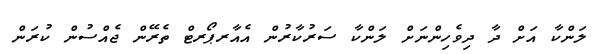
ލަންކާ އަށް ދާ ދިވެހިންނަށް ލަންކާ ސަރުކާރުން އެއާރޕޯރޓް ތެރޭން ޖެއްސުން ކުރަން